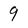
Character: 9